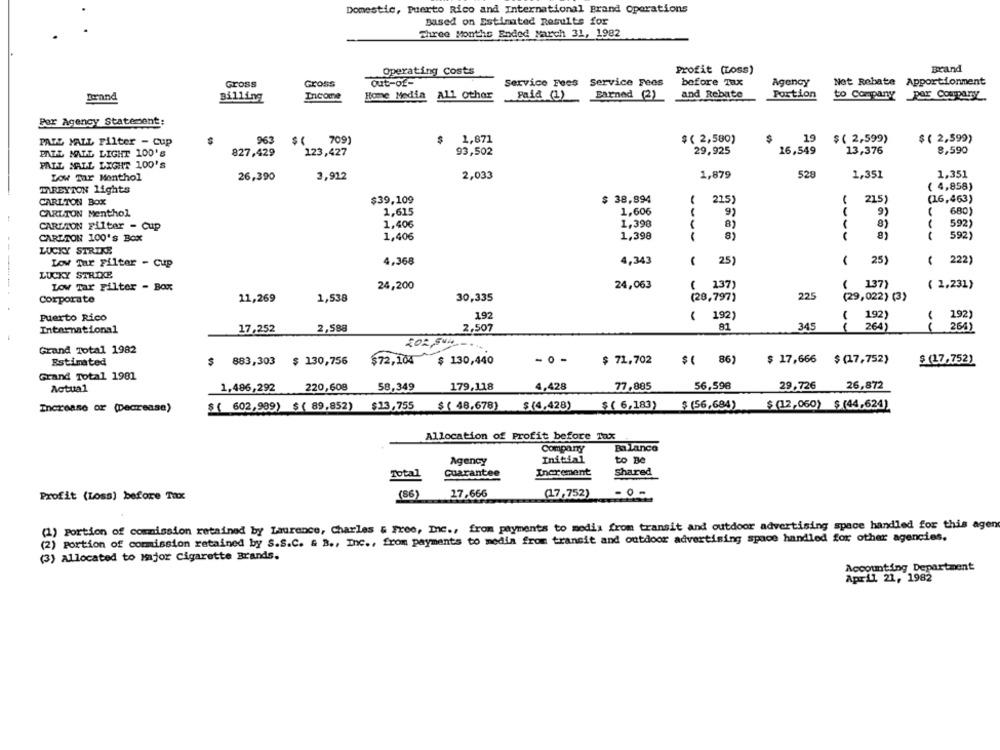
Domestic, Puerto Rico and International Brand Operations
Based on Estimated Results for
Three Months Ended March 31, 1982
Brand
Operating Costs
Profit (Loss)
Gross
Gross
Out-of-
Service Fees Service Fees
before Tax
Agency
Not Rebate Apportionment
Dornnd
Billing
Income
Home Media
All Other
Paid (1)
Earned (2)
and Rebate
Portion
to Company por Comparsy
Per Agency Statement:
PALL MALL Filter - cup
963
$ 1
7091
1,871
$ ( 2,580)
$
19
$ ( 2,599)
$ ( 2,599)
93,502
29,925
16,549
13,376
8,590
PALL MALL LIGHT 100'S
827,429
123,427
PALL MALL LIGHT 100'S
Low Tar Monthol
26,390
3,912
2,033
1,879
528
1,351
1,351
( 4,858)
MAREYTON Lights
CARLTON BOX
$39,109
$ 38,894
225)
215)
(16,463)
1,615
1,606
91
91
680
CARLTON Menthol
1,406
1,398
8)
81
592)
CARLTON Filter - Cup
CARLTON 100's Box
1,406
1,398
592
LUCKY STRIKE
Low Tar Filter - Cup
4,368
4,343
25)
25)
( 222)
LUCKY STRIKE
Low Tar Filter - Box
24,200
24,063
137)
137)
( 1,231)
Corporate
11,269
1,538
30,335
(28,797)
225
(29,022) (3)
192
192)
192)
puerto Rico
( 192)
International
17,252
2,588
2,507
81
345
264
266)
Grand Total 1982
Estimated
$ 883,303
$ 130,756
$72,104
$ 130,440
- 0 -
$ 71,702
$ 17,666
$ (17,752)
$ (17,752)
$( 86)
Grand Total 1981
Actual
1,486,292
220,608
58,349
179,118
4,428
77,885
56,596
29.726
26,872
$13,755
$ ( 48,678)
$ ( 6,183)
$ (56,684)
$ (12,060) $ (44.624)
Increase or (Decrease)
$( 602,999) $ ( 89,852)
$ (4,428)
Allocation of Profit before Tax
Company
Balance
Initial
Agency
to Be
Total
Increment
Shared
Guarantee
Profit (Loss) before Tax
(86)
27.666
(17,752)
-0-
(1) Portion of commission retained by Laurence, Charles & Free, Inc ., from payments to media from transit and outdoor advertising space handled for this agen
(2) Portion of commission retained by S.S.C. & B ., Inc ., from payments to media from transit and outdoor advertising space handled for other agencies.
(3) Allocated to Major Cigarette Brands.
Accounting Department
April 21, 1982